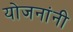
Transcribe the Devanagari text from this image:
योजनांनी